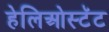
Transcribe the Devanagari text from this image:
हेलिओस्टॅट